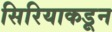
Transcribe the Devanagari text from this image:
सिरियाकडून